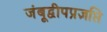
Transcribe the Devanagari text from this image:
जंबूद्वीपप्रज्ञप्ति